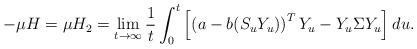
LaTeX: \begin{align*}- \mu H=\mu H_2 = \lim_{ t \to \infty} \frac{1}{t} \int_0^t \left[ \left( a - b( S_u Y_u)\right)^T Y_u - Y_u \Sigma Y_u \right] du. \end{align*}